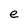
Character: e